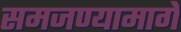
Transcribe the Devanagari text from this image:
समजण्यामागे